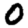
Digit: 0